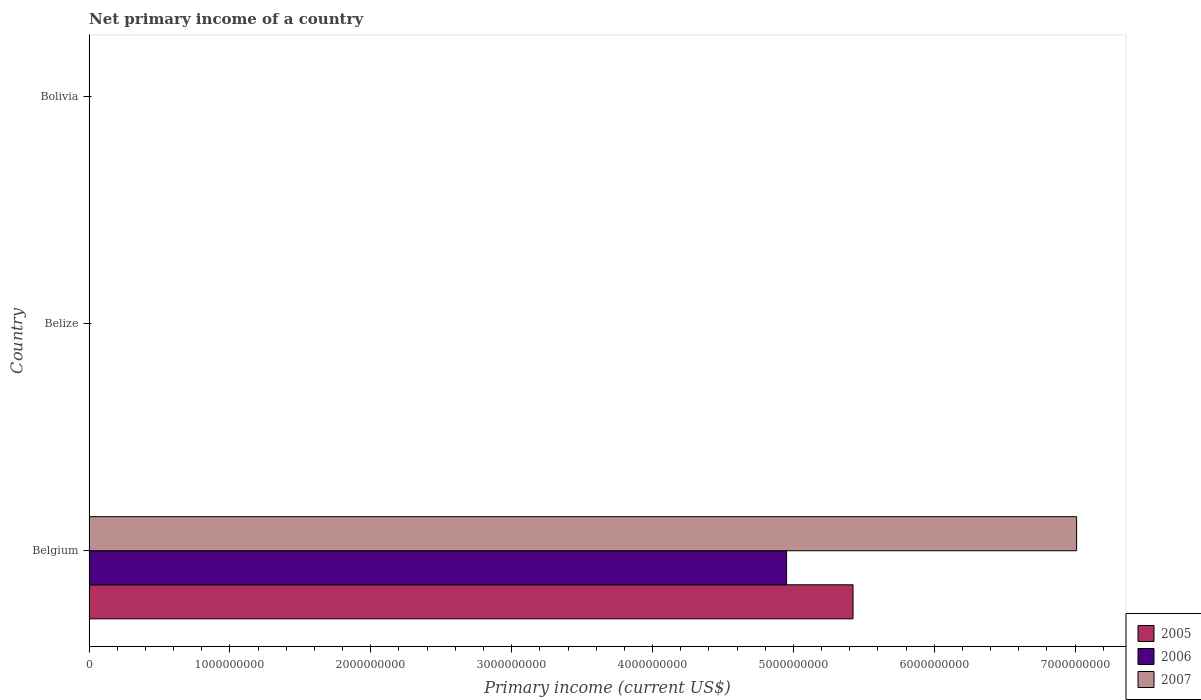
| Country | 2005 | 2006 | 2007 |
 | --- | --- | --- | --- |
 | Belgium | 5.42e+09 | 4.95e+09 | 7.01e+09 |
 | Belize | -1.14e+08 | -1.25e+08 | -1.59e+08 |
 | Bolivia | -3.76e+08 | -3.97e+08 | -4.89e+08 |